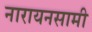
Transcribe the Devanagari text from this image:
नारायनसामी